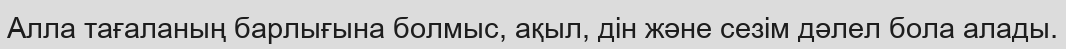
Алла тағаланың барлығына болмыс, ақыл, дін және сезім дәлел бола алады.